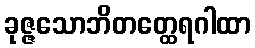
ခုဇ္ဇသောဘိတတ္ထေရဂါထာ